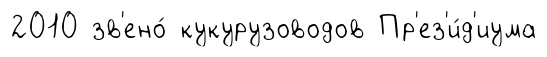
2010 зв'ено́ кукурузоводов Пр'ез'и́д'иума